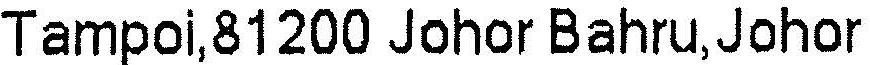
TAMPOI,81200 JOHOR BAHRU,JOHOR